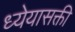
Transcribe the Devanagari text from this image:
ध्येयासक्ती